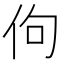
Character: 佝